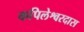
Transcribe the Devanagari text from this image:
कपिलेश्वरदास